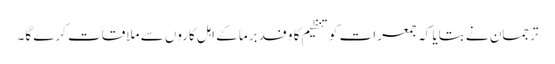
ترجمان نے بتایا کہ جمعرات کو تنظیم کا وفد برما کے اہل کاروں سے ملاقات کرے گا۔